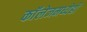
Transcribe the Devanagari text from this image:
काॅलेजमध्येही